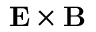
\mathbf { E } \times \mathbf { B }